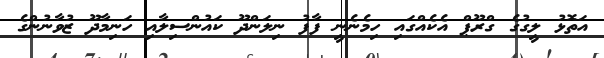
އަތޮޅު ލީގުގެ ގްރޫޕް އެކެއްގައި ހިމެނެނީ ފާފު ނިލަންދޫ ކައުންސިލާއި ހަނިމާދޫ ޒުވާނުންގެ